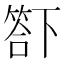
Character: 𥰊